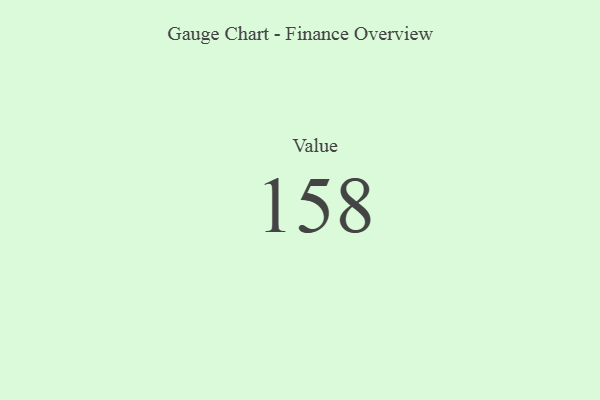
{"axis": {"x": "Metric", "y": "Value"}, "legend": [""], "data": [{"x": "Value", "y": 158, "type": ""}]}